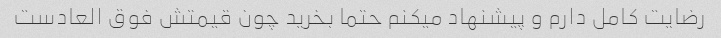
رضایت کامل دارم و پیشنهاد میکنم حتما بخرید چون قیمتش فوق العادست